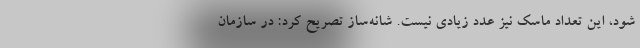
شود، این تعداد ماسک نیز عدد زیادی نیست. شانه‌ساز تصریح کرد: در سازمان